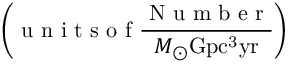
\left( \mathrm { ~ u ~ n ~ i ~ t ~ s ~ o ~ f ~ } \frac { \mathrm { ~ N ~ u ~ m ~ b ~ e ~ r ~ } } { M _ { \odot } \mathrm { { G p c ^ { 3 } } \mathrm { { y r } } } } \right)